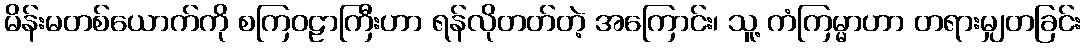
မိန်းမတစ်ယောက်ကို စကြဝဠာကြီးဟာ ရန်လိုတတ်တဲ့ အကြောင်း၊ သူ့ ကံကြမ္မာဟာ တရားမျှတခြင်း